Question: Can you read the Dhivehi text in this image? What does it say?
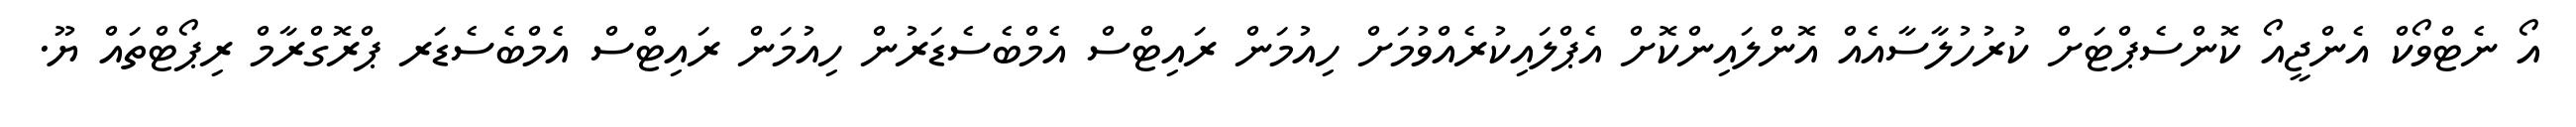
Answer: އޯ ނެޓްވޯކް އެންޖީއޯ ކޮންސެޕްޓަށް ކުރުހުލާސާއެއް އޮންލައިންކޮށް އެޕްލައިކުރެއްވުމަށް ހިއުމަން ރައިޓްސް އެމްބެސެޑަރުން ހިއުމަން ރައިޓްސް އެމްބެސެޑަރ ޕްރޮގްރާމް ރިޕޯޓްތައް ޔޫ.